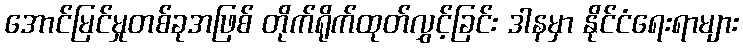
အောင်မြင်မှုတစ်ခုအဖြစ် တိုက်ရိုက်ထုတ်လွှင့်ခြင်း ဒါနမှာ နိုင်ငံရေးရာများ